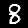
Label: 8